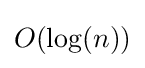
O(\mathrm {log} (n))